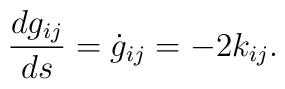
\frac{d g_{ij}}{d s}=\dot{g}_{ij}=-2 {k}_{ij}.